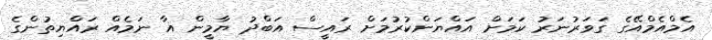
އެމްއެމްއޭގެ ގަވަރުނަރު ކަމަށް އައްޔަންކުރުމަށް ރައީސް އަބްދު ޔާމީން އާ ނަމެއް ރައްޔިތުންގެ